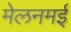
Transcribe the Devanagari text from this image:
मेलनमई